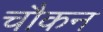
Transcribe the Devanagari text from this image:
चौकन